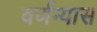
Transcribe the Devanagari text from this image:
वर्णन्यास